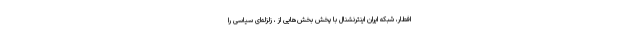
افطار، شبکه ایران اینترنشنال با پخش بخش‌هایی از ، زلزله‌ای سیاسی را